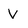
Character: V